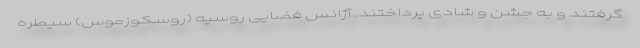
گرفتند و به جشن و شادی پرداختند. آژانس فضایی روسیه (روسکوزموس) سیطره